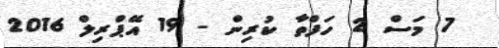
7 މަސް 2 ހަފްތާ ކުރިން - 19 އޭޕްރިލް 2016